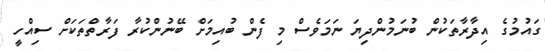
ގައުމުގެ އިދާރާތަކުން ބުނަމުންދިޔަ ނަމަވެސް މި ފެން ބުއިމަށް ބޭނުންކުރާ ފަރާތްތަކަށް ސިއްހީ